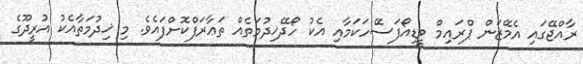
ރާއްޖޭގައި އެމޭޒަން ޕްރައިމް ވީޑިއޯފަސޭހަކަމާއި އެކު ހޯދޭޚިދުމަތެއް ތަޢާރަފްކޮށްފައެވެ. މި ޚިދުމަތާއެކު އުރީދޫގެ